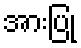
အားပြု